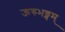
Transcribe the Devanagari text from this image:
ऊरुभङ्गम्